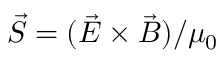
\vec { S } = ( \vec { E } \times \vec { B } ) / \mu _ { 0 }